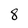
Character: 8